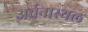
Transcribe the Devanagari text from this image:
अर्चनास्थल